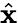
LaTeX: \hat{\textbf{x}}